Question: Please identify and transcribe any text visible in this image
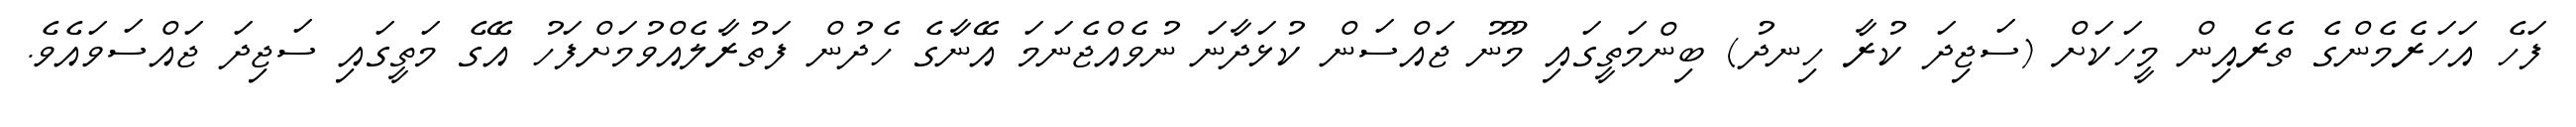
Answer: ފަހެ އަހަރެމެންގެ ތެރެއިން މީހަކަށް (ސަޖިދަ ކުރާ ހިނދު) ބިންމަތީގައި މޫނު ޖައްސަން ކުޅަދާނަ ނުވެއްޖެނަމަ އޭނާގެ ހެދުން ފަތުރާލެއްވުމަށްފަހު އޭގެ މަތީގައި ސަޖިދަ ޖައްސަވައެވެ.